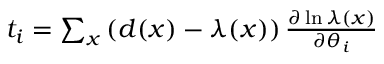
\begin{array} { r } { t _ { i } = \sum _ { x } \left( d ( x ) - \lambda ( x ) \right) \frac { \partial \ln \lambda ( x ) } { \partial \theta _ { i } } } \end{array}